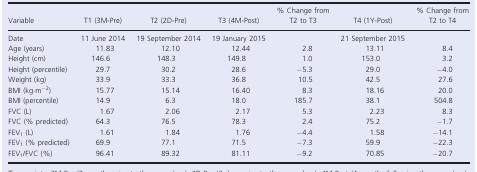
<table><thead><tr><td><b>Variable</b></td><td><b>T1 (3M‐Pre)</b></td><td><b>T2 (2D‐Pre)</b></td><td><b>T3 (4M‐Post)</b></td><td><b>% Change from T2 to T3</b></td><td><b>T4 (1Y‐Post)</b></td><td><b>% Change from T2 to T4</b></td></tr></thead><tbody><tr><td>Date</td><td>11 June 2014</td><td>19 September 2014</td><td>19 January 2015</td><td></td><td>21 September 2015</td><td></td></tr><tr><td>Age (years)</td><td>11.83</td><td>12.10</td><td>12.44</td><td>2.8</td><td>13.11</td><td>8.4</td></tr><tr><td>Height (cm)</td><td>146.6</td><td>148.3</td><td>149.8</td><td>1.0</td><td>153.0</td><td>3.2</td></tr><tr><td>Height (percentile)</td><td>29.7</td><td>30.2</td><td>28.6</td><td>−5.3</td><td>29.0</td><td>−4.0</td></tr><tr><td>Weight (kg)</td><td>33.9</td><td>33.3</td><td>36.8</td><td>10.5</td><td>42.5</td><td>27.6</td></tr><tr><td>BMI (kg·m<sup>−2</sup>)</td><td>15.77</td><td>15.14</td><td>16.40</td><td>8.3</td><td>18.16</td><td>20.0</td></tr><tr><td>BMI (percentile)</td><td>14.9</td><td>6.3</td><td>18.0</td><td>185.7</td><td>38.1</td><td>504.8</td></tr><tr><td>FVC (L)</td><td>1.67</td><td>2.06</td><td>2.17</td><td>5.3</td><td>2.23</td><td>8.3</td></tr><tr><td>FVC (% predicted)</td><td>64.3</td><td>76.5</td><td>78.3</td><td>2.4</td><td>75.2</td><td>−1.7</td></tr><tr><td>FEV<sub>1</sub> (L)</td><td>1.61</td><td>1.84</td><td>1.76</td><td>−4.4</td><td>1.58</td><td>−14.1</td></tr><tr><td>FEV<sub>1</sub> (% predicted)</td><td>69.9</td><td>77.1</td><td>71.5</td><td>−7.3</td><td>59.9</td><td>−22.3</td></tr><tr><td>FEV<sub>1</sub>/FVC (%)</td><td>96.41</td><td>89.32</td><td>81.11</td><td>−9.2</td><td>70.85</td><td>−20.7</td></tr></tbody></table>